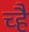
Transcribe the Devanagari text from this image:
च्है